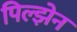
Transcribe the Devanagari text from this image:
पिल्झेन